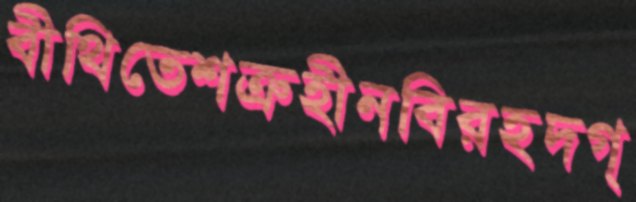
বীথিতেশত্রুহীনবিরহদগ্